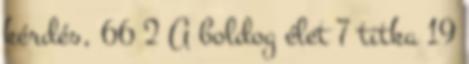
kérdés, 66 2 A boldog élet 7 titka 19